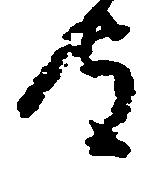
守